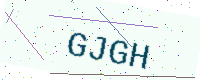
Text: GJGH